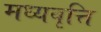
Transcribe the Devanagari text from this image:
मध्यवृत्ति